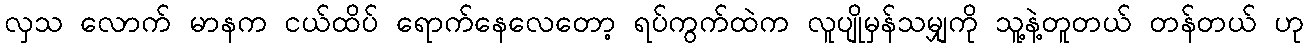
လှသ လောက် မာနက ငယ်ထိပ် ရောက်နေလေတော့ ရပ်ကွက်ထဲက လူပျိုမှန်သမျှကို သူ့နဲ့တူတယ် တန်တယ် ဟု